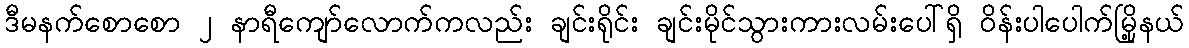
ဒီမနက်စောစော ၂ နာရီကျော်လောက်ကလည်း ချင်းရိုင်း ချင်းမိုင်သွားကားလမ်းပေါ်ရှိ ဝိန်းပါပေါက်မြို့နယ်